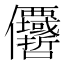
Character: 𠑵